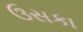
ઉસકા